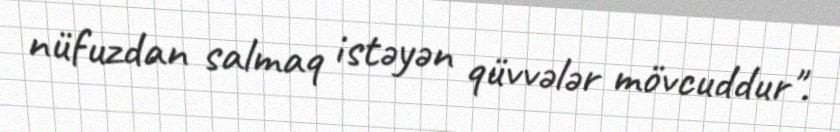
nüfuzdan salmaq istəyən qüvvələr mövcuddur".